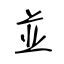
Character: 並